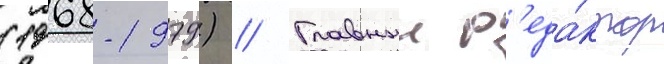
(1968-1979) // Главныи р'еда́ктор